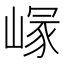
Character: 𡺪